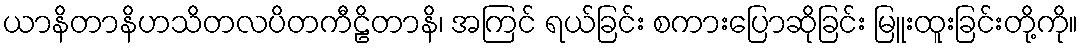
ယာနိတာနိဟသိတလပိတကီဠိတာနိ၊ အကြင် ရယ်ခြင်း စကားပြောဆိုခြင်း မြူးထူးခြင်းတို့ကို။